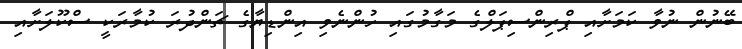
ބޭނުން ނުވާ ކަމަށާއި ޕްރިންސިޕަލްގެ މަގާމުގައި ހުންނެވި އިންޑިޔާގެ ޗަންދުރަ ކުމާރަކީ ސްކޫލަށާއި